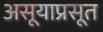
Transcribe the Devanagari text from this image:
असूयाप्रसूत